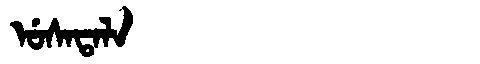
Manchu: ᡠᠰᠠᡨᠠᠯᠠ
Romanization: USATALA